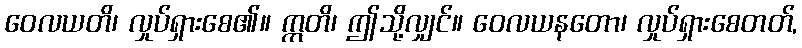
ဝေလယတိ၊ လှုပ်ရှားစေ၏။ ဣတိ၊ ဤသို့လျှင်။ ဝေလယနတော၊ လှုပ်ရှားစေတတ်,